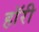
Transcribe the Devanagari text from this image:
हॉरी